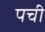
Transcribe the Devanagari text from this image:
पची